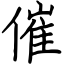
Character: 催